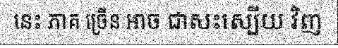
នេះ ភាគ ច្រើន អាច ជាសះស្បើយ វិញ